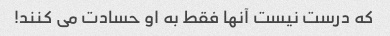
که درست نیست آنها فقط به او حسادت می کنند!